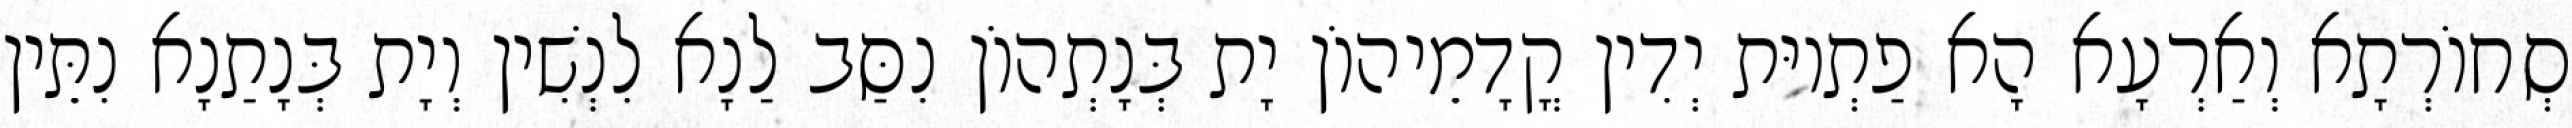
סְחוֹרְתָא וְאַרְעָא הָא פַתְיוּת יְדִין קֳדָמֵיהוֹן יָת בְּנָתְהוֹן נִסַּב לַנָא לִנְשִׁין וְיָת בְּנָתַנָא נִתֵּין